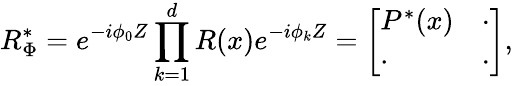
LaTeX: R_{\Phi}^{*}=e^{-i\phi_{0}Z}\prod_{k=1}^{d}R(x)e^{-i\phi_{k}Z}=\left[\begin{array}{ll}{P^{*}(x)}&{\cdot}\\ {\cdot}&{\cdot}\end{array}\right],